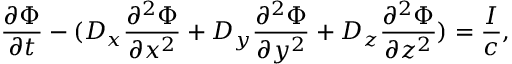
\frac { \partial { \Phi } } { \partial t } - ( D _ { x } \frac { \partial ^ { 2 } { \Phi } } { \partial x ^ { 2 } } + D _ { y } \frac { \partial ^ { 2 } { \Phi } } { \partial y ^ { 2 } } + D _ { z } \frac { \partial ^ { 2 } { \Phi } } { \partial z ^ { 2 } } ) = \frac { { I } } { c } ,